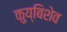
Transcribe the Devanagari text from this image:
कुय्बिशेव